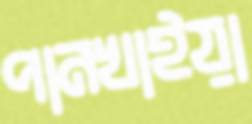
পানখাইয়া